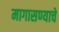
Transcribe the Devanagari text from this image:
मागासण्याचे